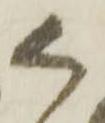
く